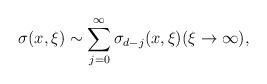
LaTeX: \begin{align*}\sigma (x, \xi) \sim \sum_{j=0}^\infty \sigma_{d-j} (x, \xi) (\xi \to \infty),\end{align*}